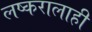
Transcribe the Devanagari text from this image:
लष्करालाही